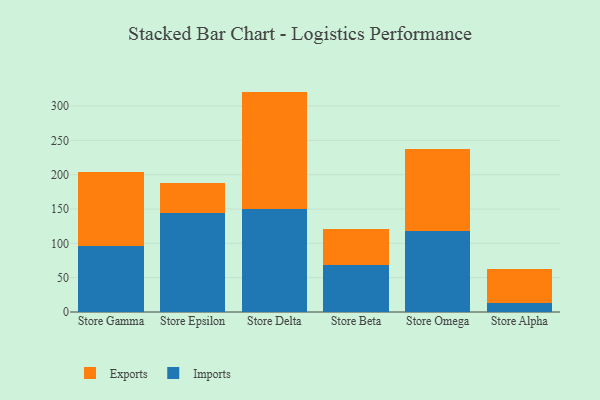
{"axis": {"x": "Store", "y": "Energy Usage (MWh)"}, "legend": ["Exports", "Imports"], "data": [{"x": "Store Gamma", "y": 96.6, "type": "Imports"}, {"x": "Store Gamma", "y": 107.3, "type": "Exports"}, {"x": "Store Epsilon", "y": 144.6, "type": "Imports"}, {"x": "Store Epsilon", "y": 42.6, "type": "Exports"}, {"x": "Store Delta", "y": 149.8, "type": "Imports"}, {"x": "Store Delta", "y": 171.2, "type": "Exports"}, {"x": "Store Beta", "y": 68.4, "type": "Imports"}, {"x": "Store Beta", "y": 52.4, "type": "Exports"}, {"x": "Store Omega", "y": 118.3, "type": "Imports"}, {"x": "Store Omega", "y": 118.4, "type": "Exports"}, {"x": "Store Alpha", "y": 13.4, "type": "Imports"}, {"x": "Store Alpha", "y": 48.7, "type": "Exports"}]}